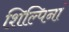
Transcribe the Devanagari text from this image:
शिल्पिनां